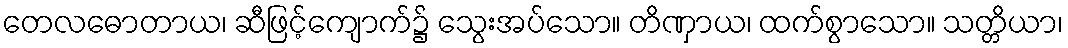
တေလဓောတာယ၊ ဆီဖြင့်ကျောက်၌ သွေးအပ်သော။ တိဏှာယ၊ ထက်စွာသော။ သတ္တိယာ၊